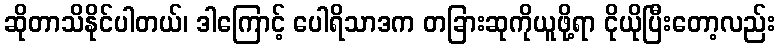
ဆိုတာသိနိုင်ပါတယ်၊ ဒါကြောင့် ပေါရိသာဒက တခြားဆုကိုယူဖို့ရာ ငိုယိုပြီးတော့လည်း